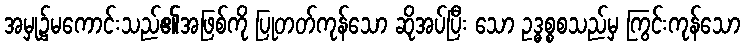
အမှု၌မကောင်းသည်၏အဖြစ်ကို ပြုတတ်ကုန်သော ဆိုအပ်ပြီး သော ဥဒ္ဓစ္စစသည်မှ ကြွင်းကုန်သော